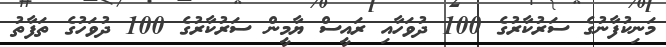
މަނިކުފާނުގެ ސަރުކާރުގެ 100 ދުވަހާއި ރައީސް ޔާމީން ސަރުކާރުގެ 100 ދުވަހުގެ ތަފާތު